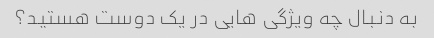
به دنبال چه ویژگی هایی در یک دوست هستید؟